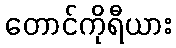
တောင်ကိုရီယား